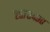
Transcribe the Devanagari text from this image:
२५७०४९०